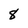
Character: 8